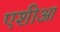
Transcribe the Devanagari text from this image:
एशीआ